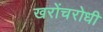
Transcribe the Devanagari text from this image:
खरोंचरोधी